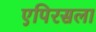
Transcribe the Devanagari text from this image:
एपिरसला